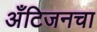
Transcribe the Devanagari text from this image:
अँटिजनचा